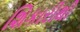
શિકારીથી